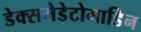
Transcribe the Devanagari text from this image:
डेक्समेडेटोमाडिन